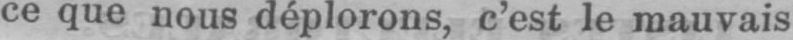
ce que nous déplorons, c’est le mauvais